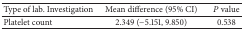
<table><thead><tr><td><b>Type of lab. Investigation</b></td><td><b>Mean difference (95% CI)</b></td><td><b><i>P</i> value</b></td></tr></thead><tbody><tr><td>Platelet count </td><td>2.349 (−5.151, 9.850)</td><td>0.538</td></tr></tbody></table>